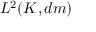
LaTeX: L ^ { 2 } ( K , d m )